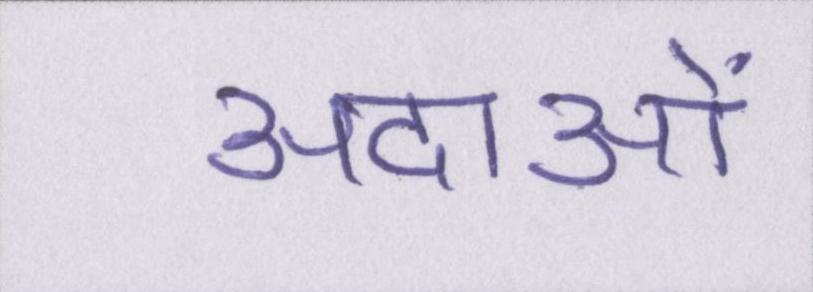
अदाओं